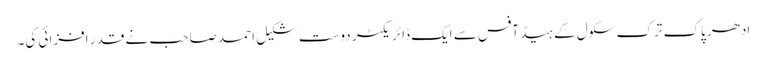
اِدھر پاک ترک سکول کے ہیڈ آفس سے ایک ڈائریکٹر دوست شکیل احمد صاحب نے قدر افزائی کی۔